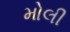
મોલી